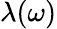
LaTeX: \lambda(\omega)